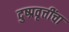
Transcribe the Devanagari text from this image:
दुष्प्रवृत्तींचा